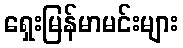
ရှေးမြန်မာမင်းများ